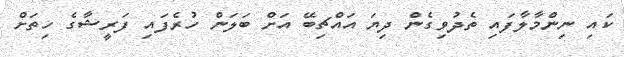
ކައި ނިންމާލާފައި ތެދުވިގެން ދިޔަ އައްޗިބޭ އަށް ބަލަން ހުރެފައި ފަރީޝާގެ ހިތަށް